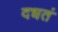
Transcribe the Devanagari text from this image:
दधतं